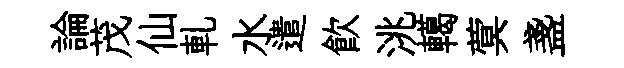
論茂仙軋水遣飮洮轕蓂盞